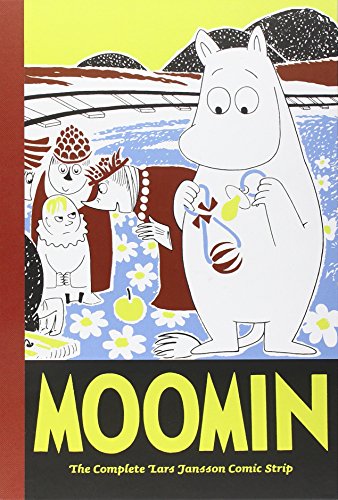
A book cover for Moomin Book Six: The Complete Lars Jansson Comic Strip; Lars Jansson; Comics & Graphic Novels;